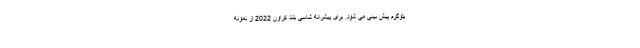
یلوگرم پیش بینی می شود. برای پیشرانه شاسی بلند کراون 2022 از نمونه